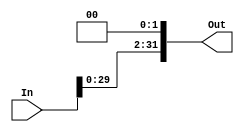

module SHL2_32(In,Out);

input [31:0] In;
output [31:0] Out;

assign Out={In[29:0],2'b00};

endmodule

module SHL2_26(In,Out);

input [25:0] In;
output [27:0] Out;

assign Out={In[25:0],2'b00};

endmodule